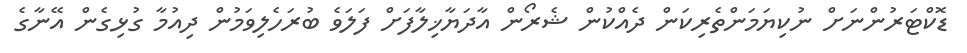
ޑޮކްޓަރުންނަށް ނުކިޔަމަންތެރިކަން ދެއްކުން ޝެރޯން އާދަޔާޚިލާފަށް ފަލަވެ ބުރަހެލިވަމުން ދިއުމާ ގުޅިގެން އޭނާގެ